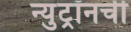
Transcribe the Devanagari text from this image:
न्युट्रॉनची